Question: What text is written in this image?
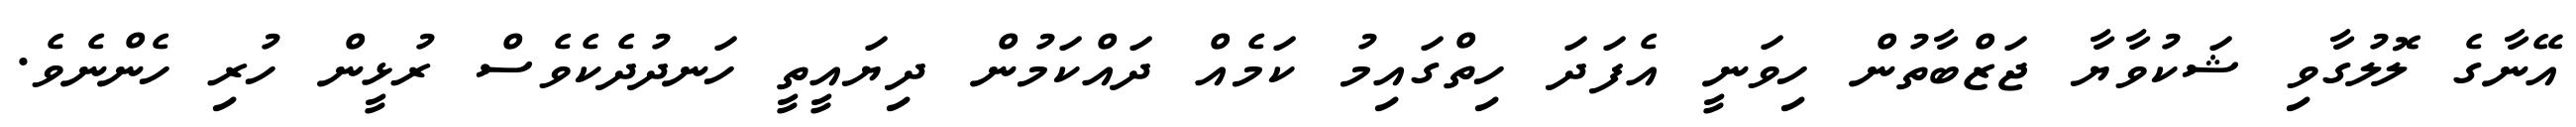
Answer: އޭނާގެ ލޮލުގާވި ޝަކުވާޔާ ޖަޒްބާތުން ހިވަނީ އެފަދަ ހިތްގައިމު ކަމެއް ދައްކަމުން ދިޔައީތީ ހަނދުދެކެވެސް ރުޅީން ހުރި ހެންނެވެ.